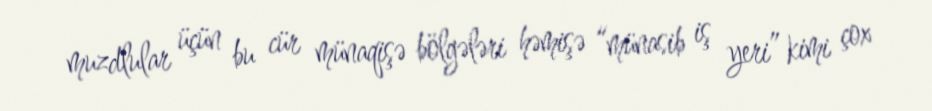
muzdlular üçün bu cür münaqişə bölgələri həmişə “münasib iş yeri” kimi çox